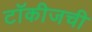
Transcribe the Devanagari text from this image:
टॉकीजची